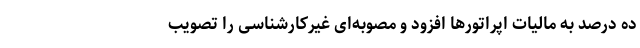
ده درصد به مالیات اپراتورها افزود و مصوبه‌ای غیرکارشناسی را تصویب